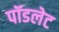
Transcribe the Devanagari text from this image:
पॉडलेट